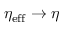
\eta _ { \mathrm { e f f } } \rightarrow \eta